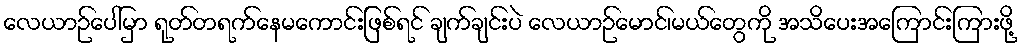
လေယာဉ်ပေါ်မှာ ရုတ်တရက်နေမကောင်းဖြစ်ရင် ချက်ချင်းပဲ လေယာဉ်မောင်၊မယ်တွေကို အသိပေးအကြောင်းကြားဖို့